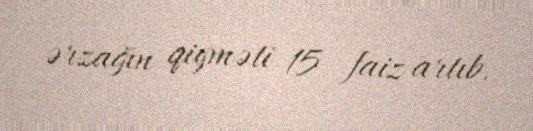
ərzağın qiyməti 15 faiz artıb.